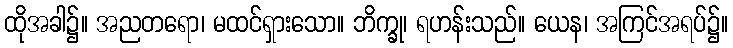
ထိုအခါ၌။ အညတရော၊ မထင်ရှားသော။ ဘိက္ခု၊ ရဟန်းသည်။ ယေန၊ အကြင်အရပ်၌။